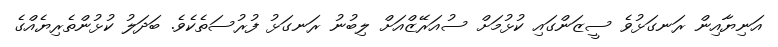
އަނިޔާއިން ރަނގަޅުވެ ސީޒަންގައި ކުޅުމަށް ސުއަރޭޒްއަށް ލިބުނު ރަނގަޅު ފުރުސަތެކެވެ. ބަދަލު ކުޅުންތެރިޔެއްގެ